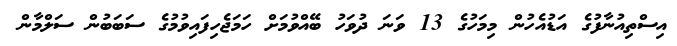
އިސްތިއުނާފުގެ އަޑުއެހުން މިމަހުގެ 13 ވަނަ ދުވަހު ބޭއްވުމަށް ހަމަޖެހިފައިވުމުގެ ސަބަބުން ސަލްމާން